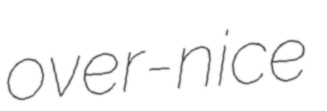
over-nice